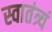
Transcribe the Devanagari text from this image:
स्वातंत्र्यं